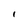
Character: i